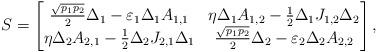
LaTeX: \begin{align*}S=\begin{bmatrix} \frac{\sqrt{p_1p_2}}{2} \Delta_1-\varepsilon_1\Delta_1A_{1,1} & \eta\Delta_1A_{1,2} -\frac{1}{2} \Delta_1 J_{1,2} \Delta_2 \\ \eta\Delta_2A_{2,1} -\frac{1}{2} \Delta_2 J_{2,1} \Delta_1 & \frac{\sqrt{p_1p_2}}{2} \Delta_2 -\varepsilon_2\Delta_2A_{2,2}\end{bmatrix},\end{align*}